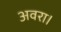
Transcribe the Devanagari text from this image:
अवरा।